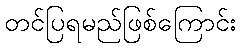
တင်ပြရမည်ဖြစ်ကြောင်း